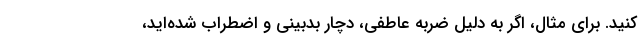
کنید. برای مثال، اگر به دلیل ضربه عاطفی، دچار بدبینی و اضطراب شده‌اید،